Report on the bubonic plague in Bombay, 1896-1897
Year: 1896
Disease focus: Plague
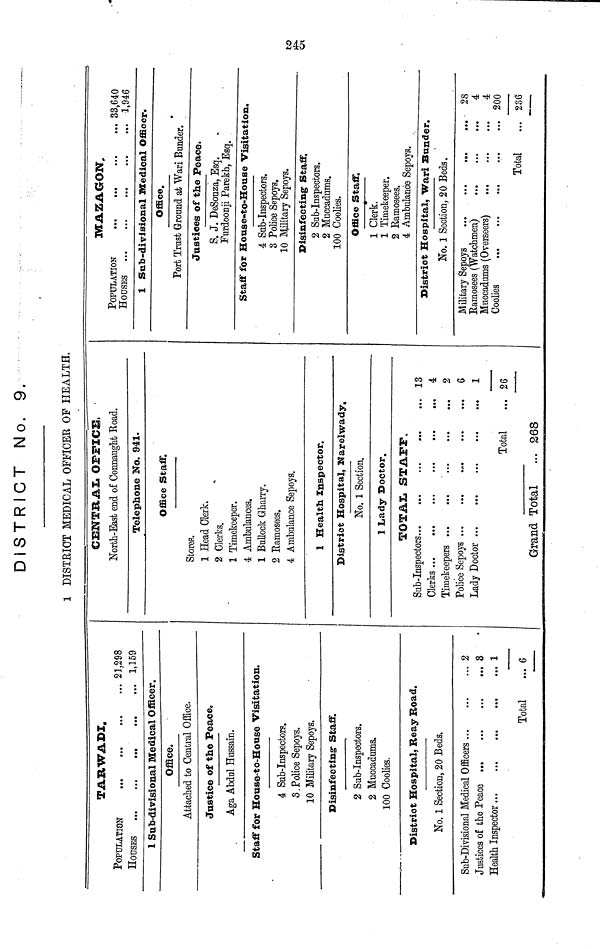
DISTRICT No. 9.
1 DISTRICT MEDICAL OFFICER OF HEALTH.
TARWADI.
POPULATION ...
HOUSES ... ...
...
...
...
...
...
...
21,298
1,159
1 Sub-divisional Medical Officer.
Office.
Attached to Central Office.
Jnstice of the Peace.
Aga Abdal Hussain.
Staff for House-to-House Visitation.
4 Sub-Inspectors.
3.Police Sepoys.
10 Military Sepoys.
Disinfecting Staff.
2 Sub-Inspectors.
2 Muccadums.
100 Coolies.
District Hospital, Reay Road.
No. 1 Section, 20 Beds.
Sub-Divisional Medical Offcers
Justices of the Peace ...
Health Inspector ... ...
...
...
...
...
...
...
...
...
Total
... 2
... 3
... 1
... 6
CENTRAL OFFICE,
North-East end of Connaught Road.
Telephone No. 941.
Office Staff.
Stores.
1 Head Clerk.
2 Clerks.
1 Timekeeper.
4 Ambulances.
1 Bullock Gharry.
2 Ramosees.
4 Ambulance Sepoys.
1 Health Inspector.
District Hospital, Narelwady.
No. 1 Section.
1 Lady Doctor.
TOTAL STAFF.
Sub-Inspector...
Clerks...
...
Timekeepers ...
Police Sepoys ...
Lady Doctor ...
...
...
...
...
...
...
...
...
...
...
...
...
...
...
...
Total
...
...
...
...
...
...
13
4
2
6
1
26
Grand Total
... 268
MAZAGON,
POPULATION ...
HOUSES ... ...
...
...
...
...
...
...
33,640
1,946
1 Sub-divisional Medical Officer.
Office.
Port Trust Ground at Wari Bunder.
Justices of the Peace.
S. J. DeSouza, Esq.
Furdoonji Parekh, Esq.
Staff for House-to-House Visitation.
4 Sub-Inspectors.
3 Police Sepoys.
10 Military Sepoys.
Disinfecting Staff.
2 Sab-Inspectors.
2 Muccadums.
100 Coolies.
Office Staff.
1 Clerk.
1 Timekeeper.
2 Ramosees.
4 Ambulance Sepoys.
District Hospital, Wari Bunder.
No. 1 Section, 20 Beds.
MIlitary Sepoys ...
Ramosees (Watchmen)
Muocadums (Overseers)
Coolies ... ...
...
...
...
...
...
...
...
...
Total
...
...
...
...
28
4
4
200
236
245